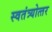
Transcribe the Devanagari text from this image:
स्वतंत्र्योत्‍तर